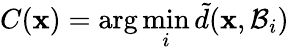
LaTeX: C(\mathbf{x})=\arg\operatorname*{min}_{i}\tilde{d}(\mathbf{x},\mathcal{B}_{i})